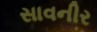
સાવનીર